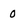
Character: 0